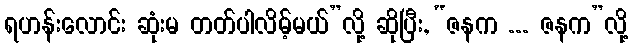
ရဟန်းလောင်း ဆုံးမ တတ်ပါလိမ့်မယ်”လို့ ဆိုပြီး, “ဇနက ... ဇနက”လို့